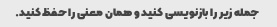
جمله زیر را بازنویسی کنید و همان معنی را حفظ کنید.